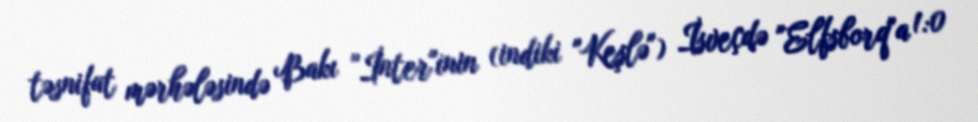
təsnifat mərhələsində Bakı "İnter"inin (indiki "Keşlə") İsveçdə "Elfsborq"a 1:0